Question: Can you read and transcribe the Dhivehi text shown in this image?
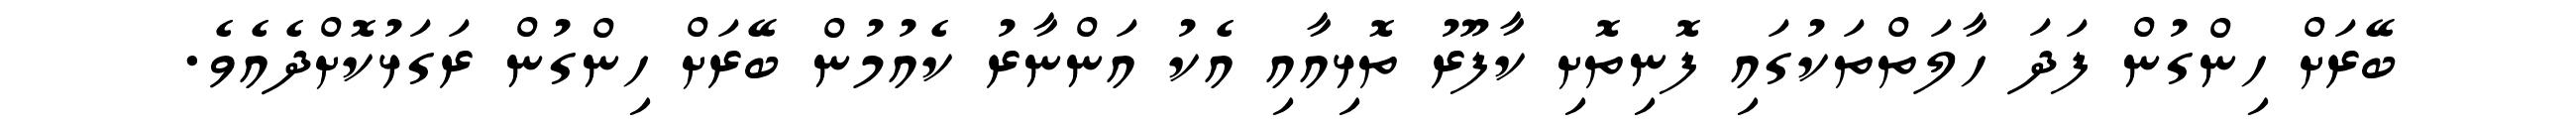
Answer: ބޭރަށް ހިންގުން ފަދަ ހާލަތްތަކުގައި ފޮނިތޮށި ކާފޫރު ތޮޅިއާއި އެކު އަންނާރު ކެއުމުން ބޭރަށް ހިންގުން ރަގަޅުކޮށްދެއެވެ.